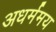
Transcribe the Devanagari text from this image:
अधर्ममय